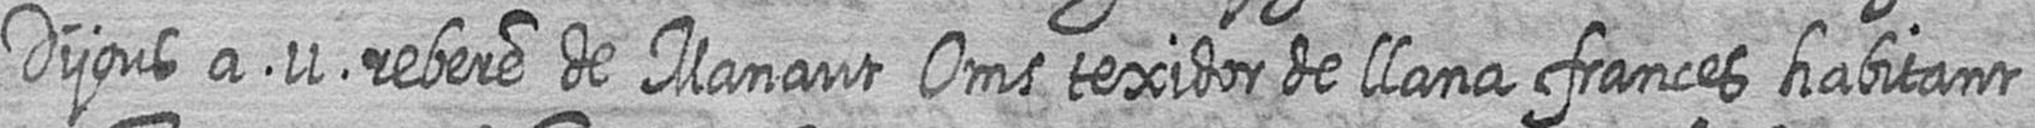
Dijous a 11 rebere de Manaut Oms texidor de llana frances habitant